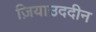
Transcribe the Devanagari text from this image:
ज़ियाउददीन